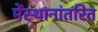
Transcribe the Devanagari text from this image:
मेंस्थानांतरित